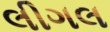
લીગલ